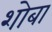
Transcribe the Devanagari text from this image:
शोबा